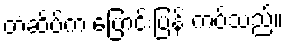
တံဆိပ်က ပြောင်းပြန် ကပ်သည်။